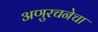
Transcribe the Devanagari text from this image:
अणुरचनेचा